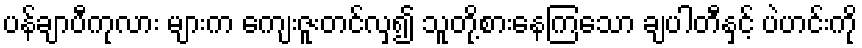
ပန်ချာပီကုလား များက ကျေးဇူးတင်လှ၍ သူတို့စားနေကြသော ချပါတီနှင့် ပဲဟင်းကို